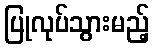
ပြုလုပ်သွားမည့်